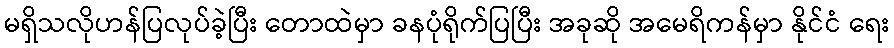
မရှိသလိုဟန်ပြလုပ်ခဲ့ပြီး တောထဲမှာ ခနပုံရိုက်ပြပြီး အခုဆို အမေရိကန်မှာ နိုင်ငံ ရေး